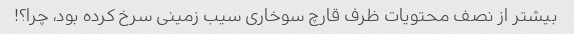
بیشتر از نصف محتویات ظرف قارچ سوخاری سیب زمینی سرخ کرده بود، چرا؟!